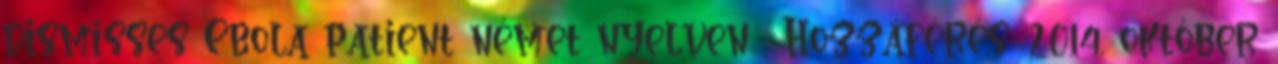
dismisses Ebola patient német nyelven . Hozzáférés: 2014. október